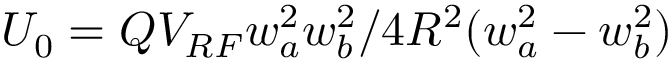
U _ { 0 } = Q V _ { R F } w _ { a } ^ { 2 } w _ { b } ^ { 2 } / 4 R ^ { 2 } ( w _ { a } ^ { 2 } - w _ { b } ^ { 2 } )